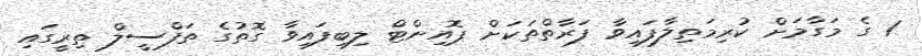
1 ގެ މަގާމަށް ކުރިމަތިލާފައިވާ ފަރާތްތަކަށް ޕޮއިންޓް ލިބިފައިވާ ގޮތުގެ ތަފްސީލް ތިރީގައި